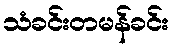
သံခင်းတမန်ခင်း